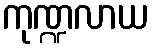
ကုဏ္ဍလာယ